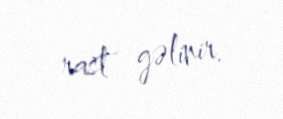
rast gəlinir.